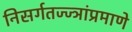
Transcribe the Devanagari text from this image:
निसर्गतज्ज्ञांप्रमाणे